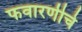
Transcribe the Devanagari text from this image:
फवारणीचे